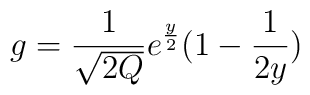
g = \frac{1}{\sqrt{2Q}}e^{\frac{y}{2}}(1-\frac{1}{2y})